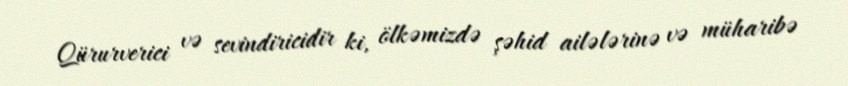
Qürurverici və sevindiricidir ki, ölkəmizdə şəhid ailələrinə və müharibə